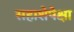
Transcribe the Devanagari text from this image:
सहाशेपेक्षा